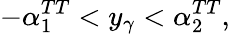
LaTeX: -\alpha_{1}^{TT}<y_{\gamma}<\alpha_{2}^{TT},